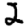
Digit: 2